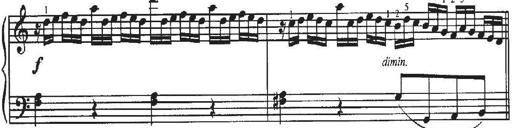
Title: Sonatina No.4 in C major
Composer: Georg Benda
Key: C major